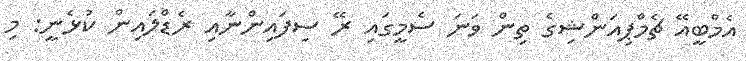
އެމްބީއޭ ޗެމްޕިއަންޝިގެ ތިން ވަނަ ސެމީގައި ރޭ ސިފައިންނާއި ރެޑްލައިން ކުޅެނީ: މި